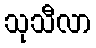
သုသီလာ